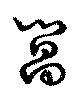
閶